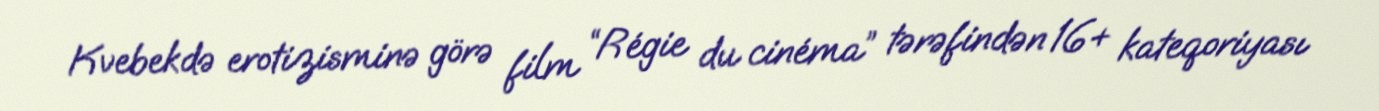
Kvebekdə erotizisminə görə film “Régie du cinéma” tərəfindən 16+ kateqoriyası